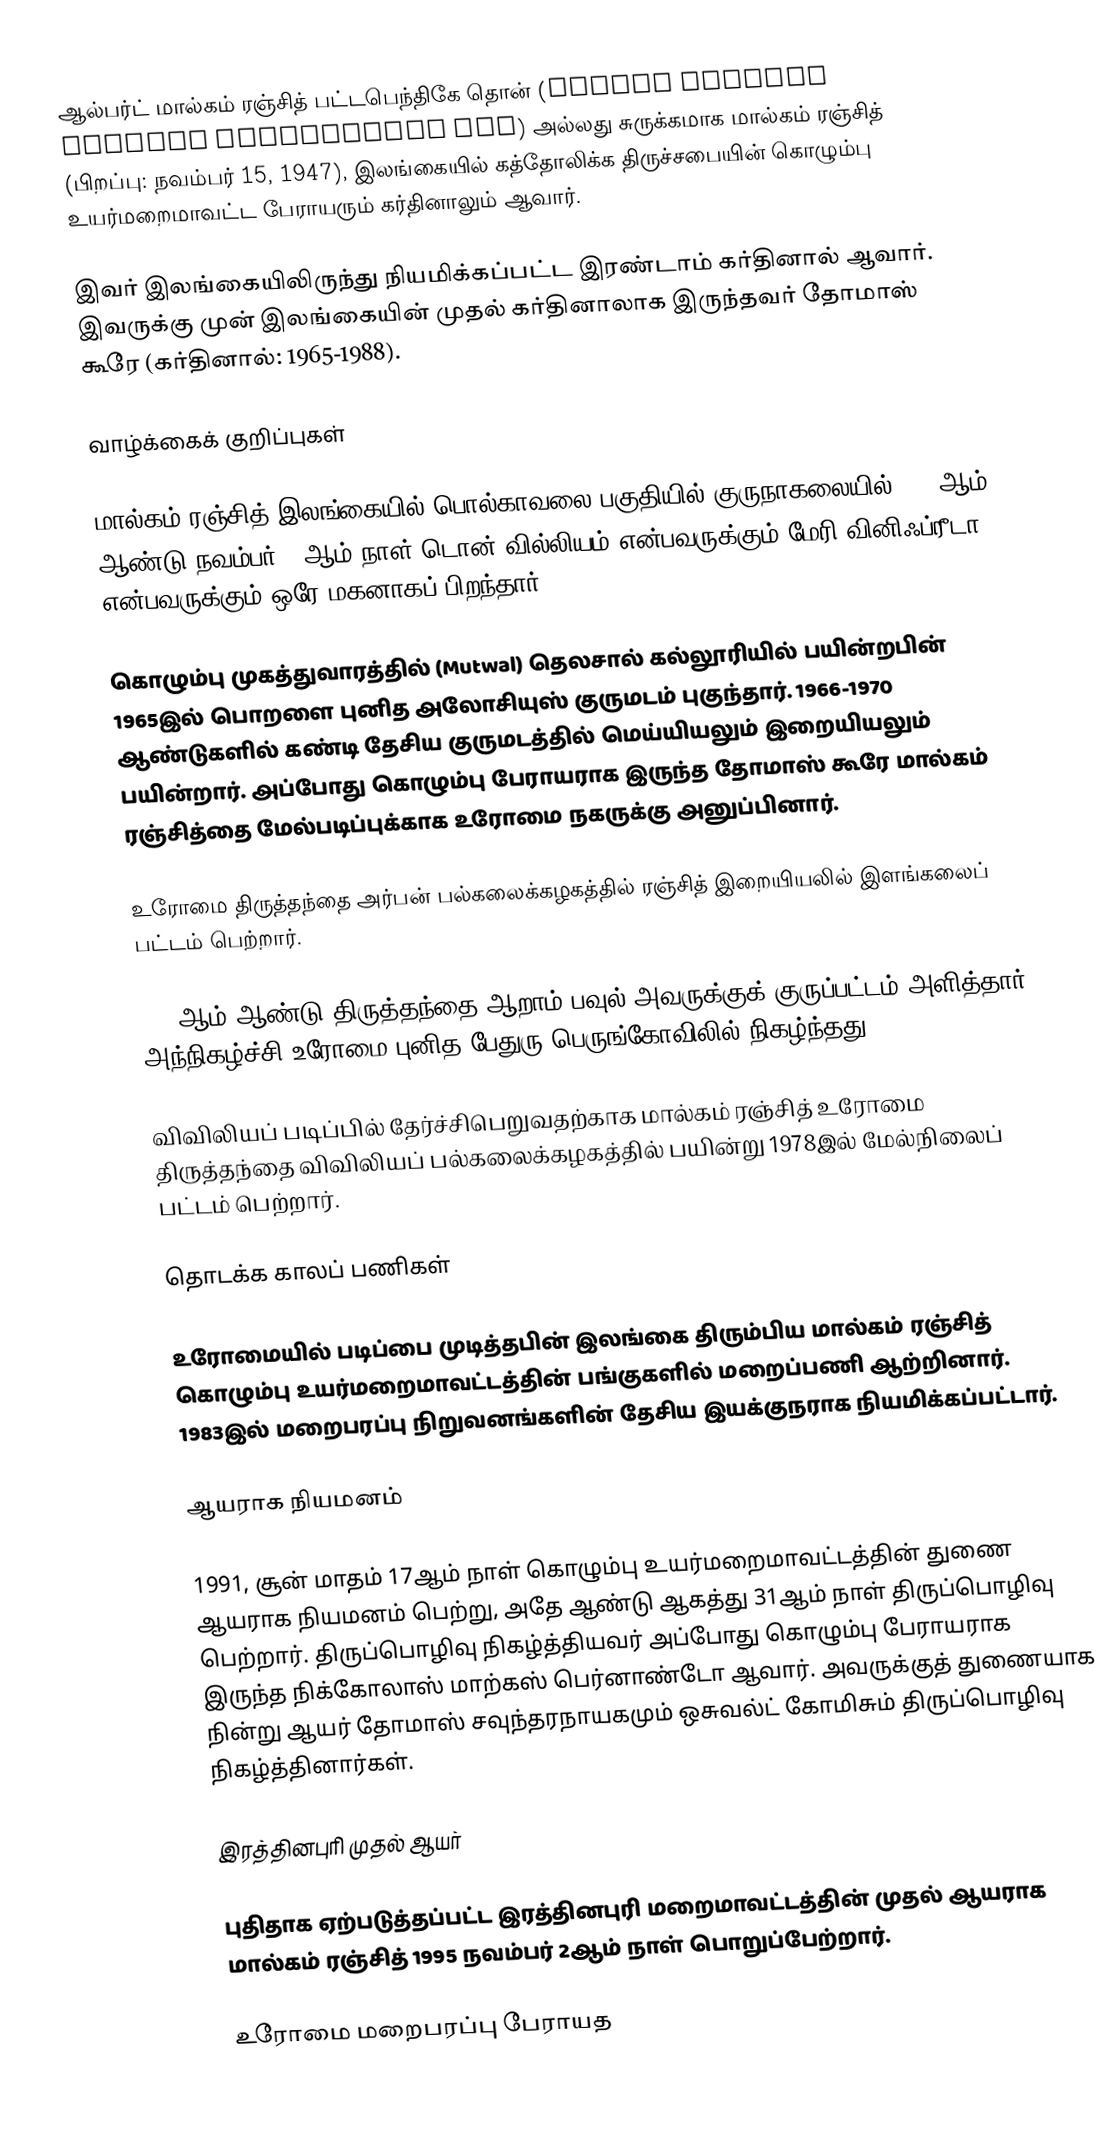
ஆல்பர்ட் மால்கம் ரஞ்சித் பட்டபெந்திகே தொன் (Albert Malcolm Ranjith Patabendige Don) அல்லது சுருக்கமாக மால்கம் ரஞ்சித் (பிறப்பு: நவம்பர் 15, 1947), இலங்கையில் கத்தோலிக்க திருச்சபையின் கொழும்பு உயர்மறைமாவட்ட பேராயரும் கர்தினாலும் ஆவார்.

இவர் இலங்கையிலிருந்து நியமிக்கப்பட்ட இரண்டாம் கர்தினால் ஆவார். இவருக்கு முன் இலங்கையின் முதல் கர்தினாலாக இருந்தவர் தோமாஸ் கூரே (கர்தினால்: 1965-1988).

வாழ்க்கைக் குறிப்புகள்

மால்கம் ரஞ்சித் இலங்கையில் பொல்காவலை பகுதியில் குருநாகலையில் 1947ஆம் ஆண்டு நவம்பர் 15ஆம் நாள் டொன் வில்லியம் என்பவருக்கும் மேரி வினிஃப்ரீடா என்பவருக்கும் ஒரே மகனாகப் பிறந்தார்.

கொழும்பு முகத்துவாரத்தில் (Mutwal) தெலசால் கல்லூரியில் பயின்றபின் 1965இல் பொறளை புனித அலோசியுஸ் குருமடம் புகுந்தார். 1966-1970 ஆண்டுகளில் கண்டி தேசிய குருமடத்தில் மெய்யியலும் இறையியலும் பயின்றார். அப்போது கொழும்பு பேராயராக இருந்த தோமாஸ் கூரே மால்கம் ரஞ்சித்தை மேல்படிப்புக்காக உரோமை நகருக்கு அனுப்பினார்.

உரோமை திருத்தந்தை அர்பன் பல்கலைக்கழகத்தில் ரஞ்சித் இறையியலில் இளங்கலைப் பட்டம் பெற்றார்.

1975ஆம் ஆண்டு திருத்தந்தை ஆறாம் பவுல் அவருக்குக் குருப்பட்டம் அளித்தார். அந்நிகழ்ச்சி உரோமை புனித பேதுரு பெருங்கோவிலில் நிகழ்ந்தது.

விவிலியப் படிப்பில் தேர்ச்சிபெறுவதற்காக மால்கம் ரஞ்சித் உரோமை திருத்தந்தை விவிலியப் பல்கலைக்கழகத்தில் பயின்று 1978இல் மேல்நிலைப் பட்டம் பெற்றார்.

தொடக்க காலப் பணிகள்

உரோமையில் படிப்பை முடித்தபின் இலங்கை திரும்பிய மால்கம் ரஞ்சித் கொழும்பு உயர்மறைமாவட்டத்தின் பங்குகளில் மறைப்பணி ஆற்றினார். 1983இல் மறைபரப்பு நிறுவனங்களின் தேசிய இயக்குநராக நியமிக்கப்பட்டார்.

ஆயராக நியமனம்

1991, சூன் மாதம் 17ஆம் நாள் கொழும்பு உயர்மறைமாவட்டத்தின் துணை ஆயராக நியமனம் பெற்று, அதே ஆண்டு ஆகத்து 31ஆம் நாள் திருப்பொழிவு பெற்றார். திருப்பொழிவு நிகழ்த்தியவர் அப்போது கொழும்பு பேராயராக இருந்த நிக்கோலாஸ் மாற்கஸ் பெர்னாண்டோ ஆவார். அவருக்குத் துணையாக நின்று ஆயர் தோமாஸ் சவுந்தரநாயகமும் ஒசுவல்ட் கோமிசும் திருப்பொழிவு நிகழ்த்தினார்கள்.

இரத்தினபுரி முதல் ஆயர்

புதிதாக ஏற்படுத்தப்பட்ட இரத்தினபுரி மறைமாவட்டத்தின் முதல் ஆயராக மால்கம் ரஞ்சித் 1995 நவம்பர் 2ஆம் நாள் பொறுப்பேற்றார்.

உரோமை மறைபரப்பு பேராயத